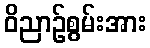
ဝိညာဉ်စွမ်းအား